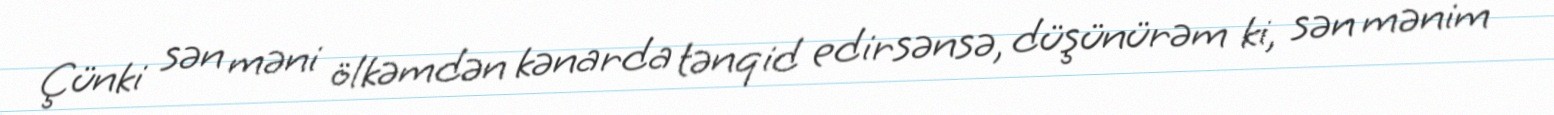
Çünki sən məni ölkəmdən kənarda tənqid edirsənsə, düşünürəm ki, sən mənim